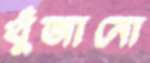
খুঁজানো